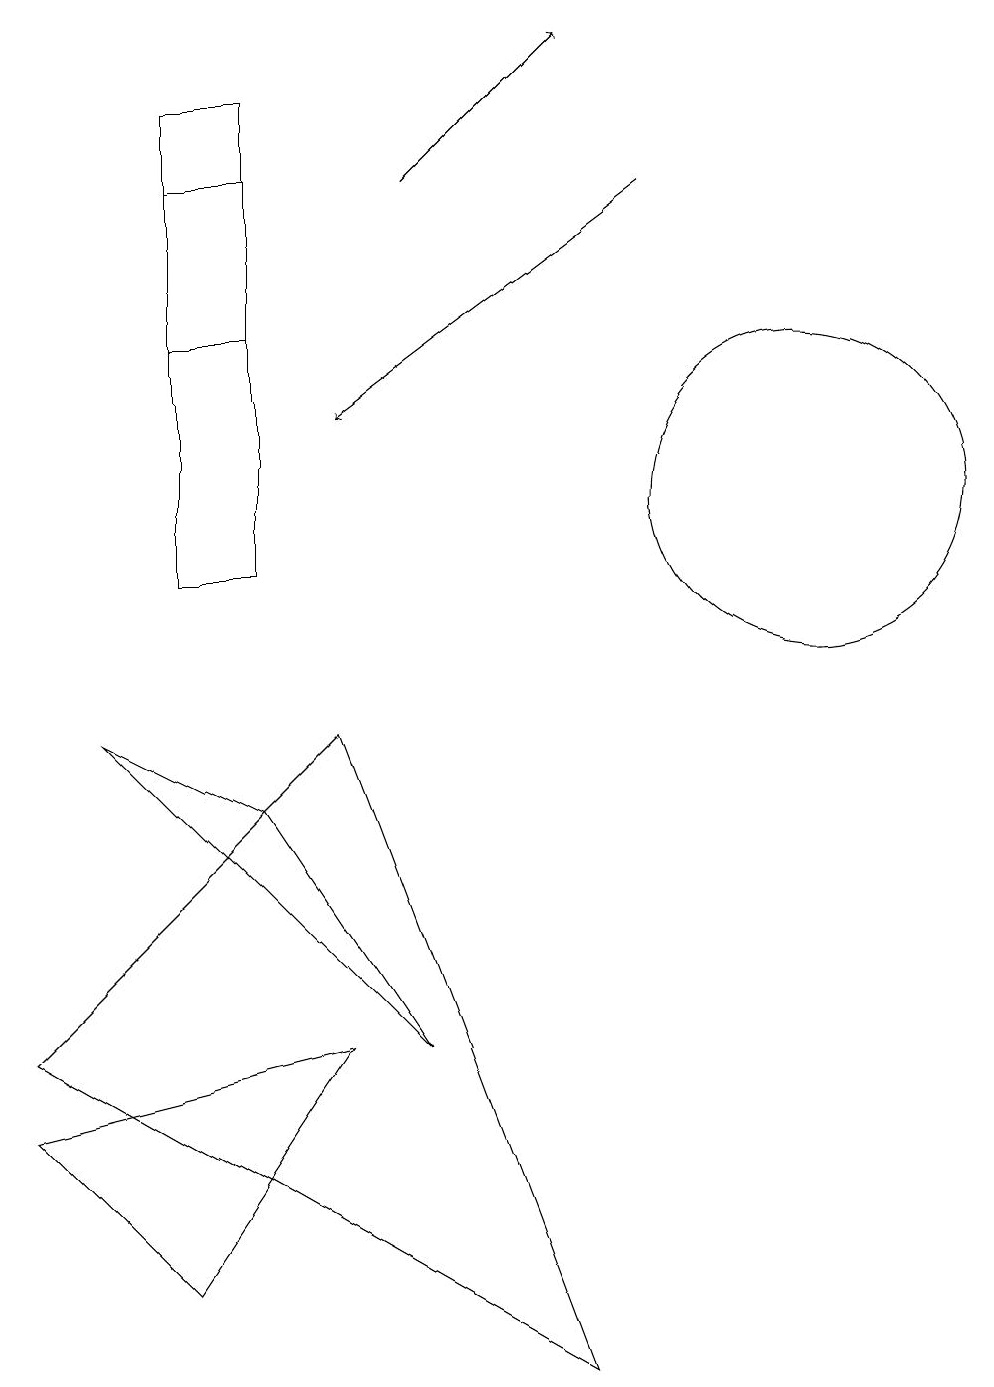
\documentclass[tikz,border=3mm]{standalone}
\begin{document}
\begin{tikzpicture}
\draw (3,10) rectangle (2,16);
\draw[->] (8,15) -- (4,12);
\draw (3,15) rectangle (2,13);
\draw (4,8) -- (0,4) -- (7,0) -- cycle;
\draw (10,11) circle (2);
\draw (5,4) -- (1,8) -- (3,7) -- cycle;
\draw[->] (5,15) -- (7,17);
\draw (0,3) -- (4,4) -- (2,1) -- cycle;
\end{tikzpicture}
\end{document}